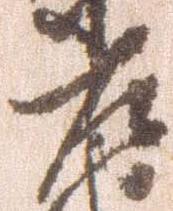
左